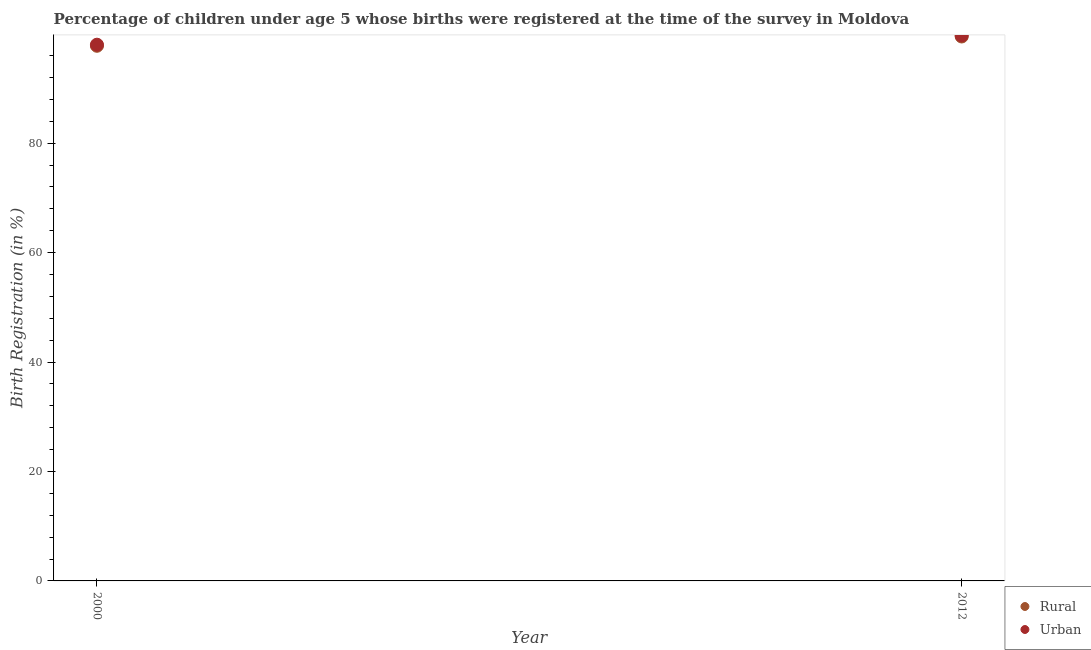
| Year | Rural | Urban |
 | --- | --- | --- |
 | 2000 | 97.8 | 98 |
 | 2012 | 99.5 | 99.7 |